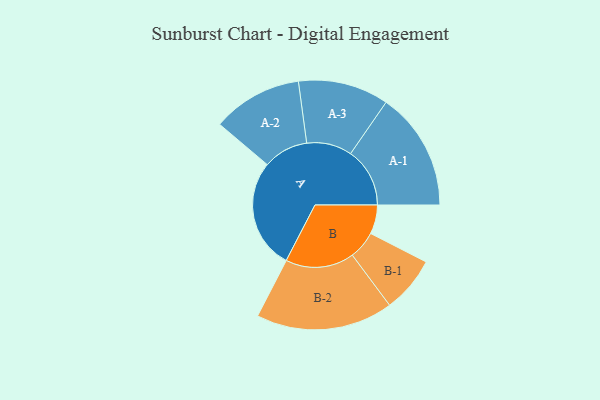
{"axis": {"x": "Segment", "y": "Value"}, "legend": ["", "A", "B"], "data": [{"x": "A", "y": 459, "type": ""}, {"x": "B", "y": 121, "type": ""}, {"x": "A-1", "y": 247, "type": "A"}, {"x": "A-2", "y": 188, "type": "A"}, {"x": "A-3", "y": 189, "type": "A"}, {"x": "B-1", "y": 117, "type": "B"}, {"x": "B-2", "y": 286, "type": "B"}]}